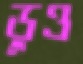
ডুও